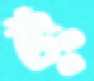
উঃ